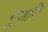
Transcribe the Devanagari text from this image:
गुणनि